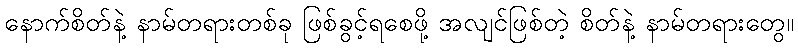
နောက်စိတ်နဲ့ နာမ်တရားတစ်ခု ဖြစ်ခွင့်ရစေဖို့ အလျင်ဖြစ်တဲ့ စိတ်နဲ့ နာမ်တရားတွေ။